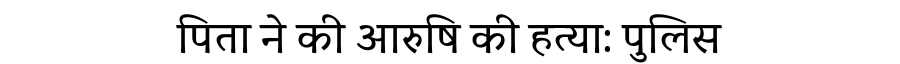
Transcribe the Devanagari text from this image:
पिता ने की आरुषि की हत्या: पुलिस